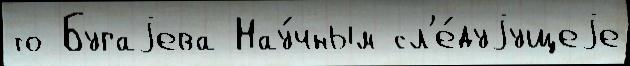
то Бугаjева Нау́чным сл'е́дуjущеjе